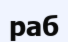
раб